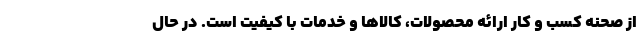
از صحنه کسب و کار ارائه محصولات، کالاها و خدمات با کیفیت است. در حال